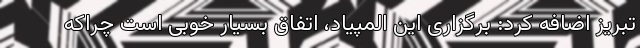
تبریز اضافه کرد: برگزاری این المپیاد، اتفاق بسیار خوبی است چراکه